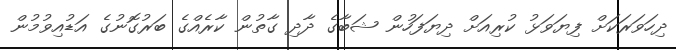
ދިހަވަރަކަށް ފިޔަވަޅު ކުރިއަށް ދިޔަފަހުން ޝަބާގެ ދާދި ގާތުން ކާރެއްގެ ބަރުގޮނުގެ އަޑުއިވުމުން